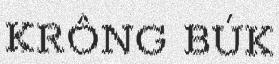
KRÔNG BÚK